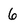
Character: 6